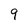
Character: 9